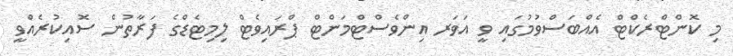
މި ކޮންޓްރެކްޓް އެއްބަސްވުމުގައި ވީ އަވަރ އިންވެސްޓްމަންޓް ޕްރައިވެޓް ލިމިޓެޑްގެ ފަރާތުން ސޮއިކުރެއްވީ